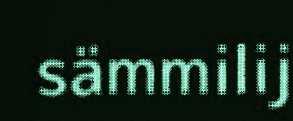
sämmilij